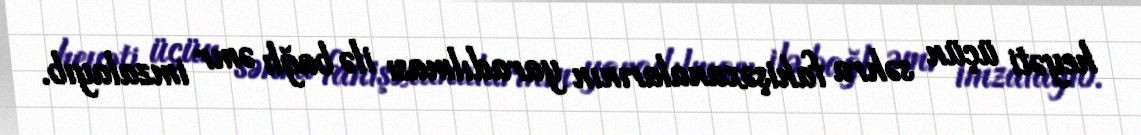
heyəti üçün səhra fahişəxanalarının yaradılması ilə bağlı əmr imzalayıb.